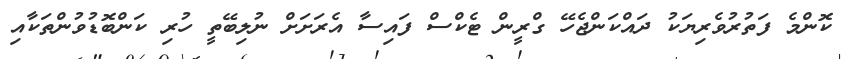
ކޮންމެ ފަތުރުވެރިޔަކު ދައްކަންޖެހޭ ގްރީން ޓެކްސް ފައިސާ އެރަށަށް ނުލިބޭތީ ހުރި ކަންބޮޑުވުންތަކާއިި